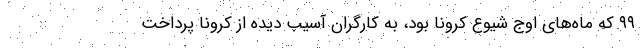
۹۹ که ماه‌های اوج شیوع کرونا بود، به کارگران آسیب دیده از کرونا پرداخت